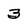
Character: 3